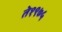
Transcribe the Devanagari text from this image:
ते१९७५